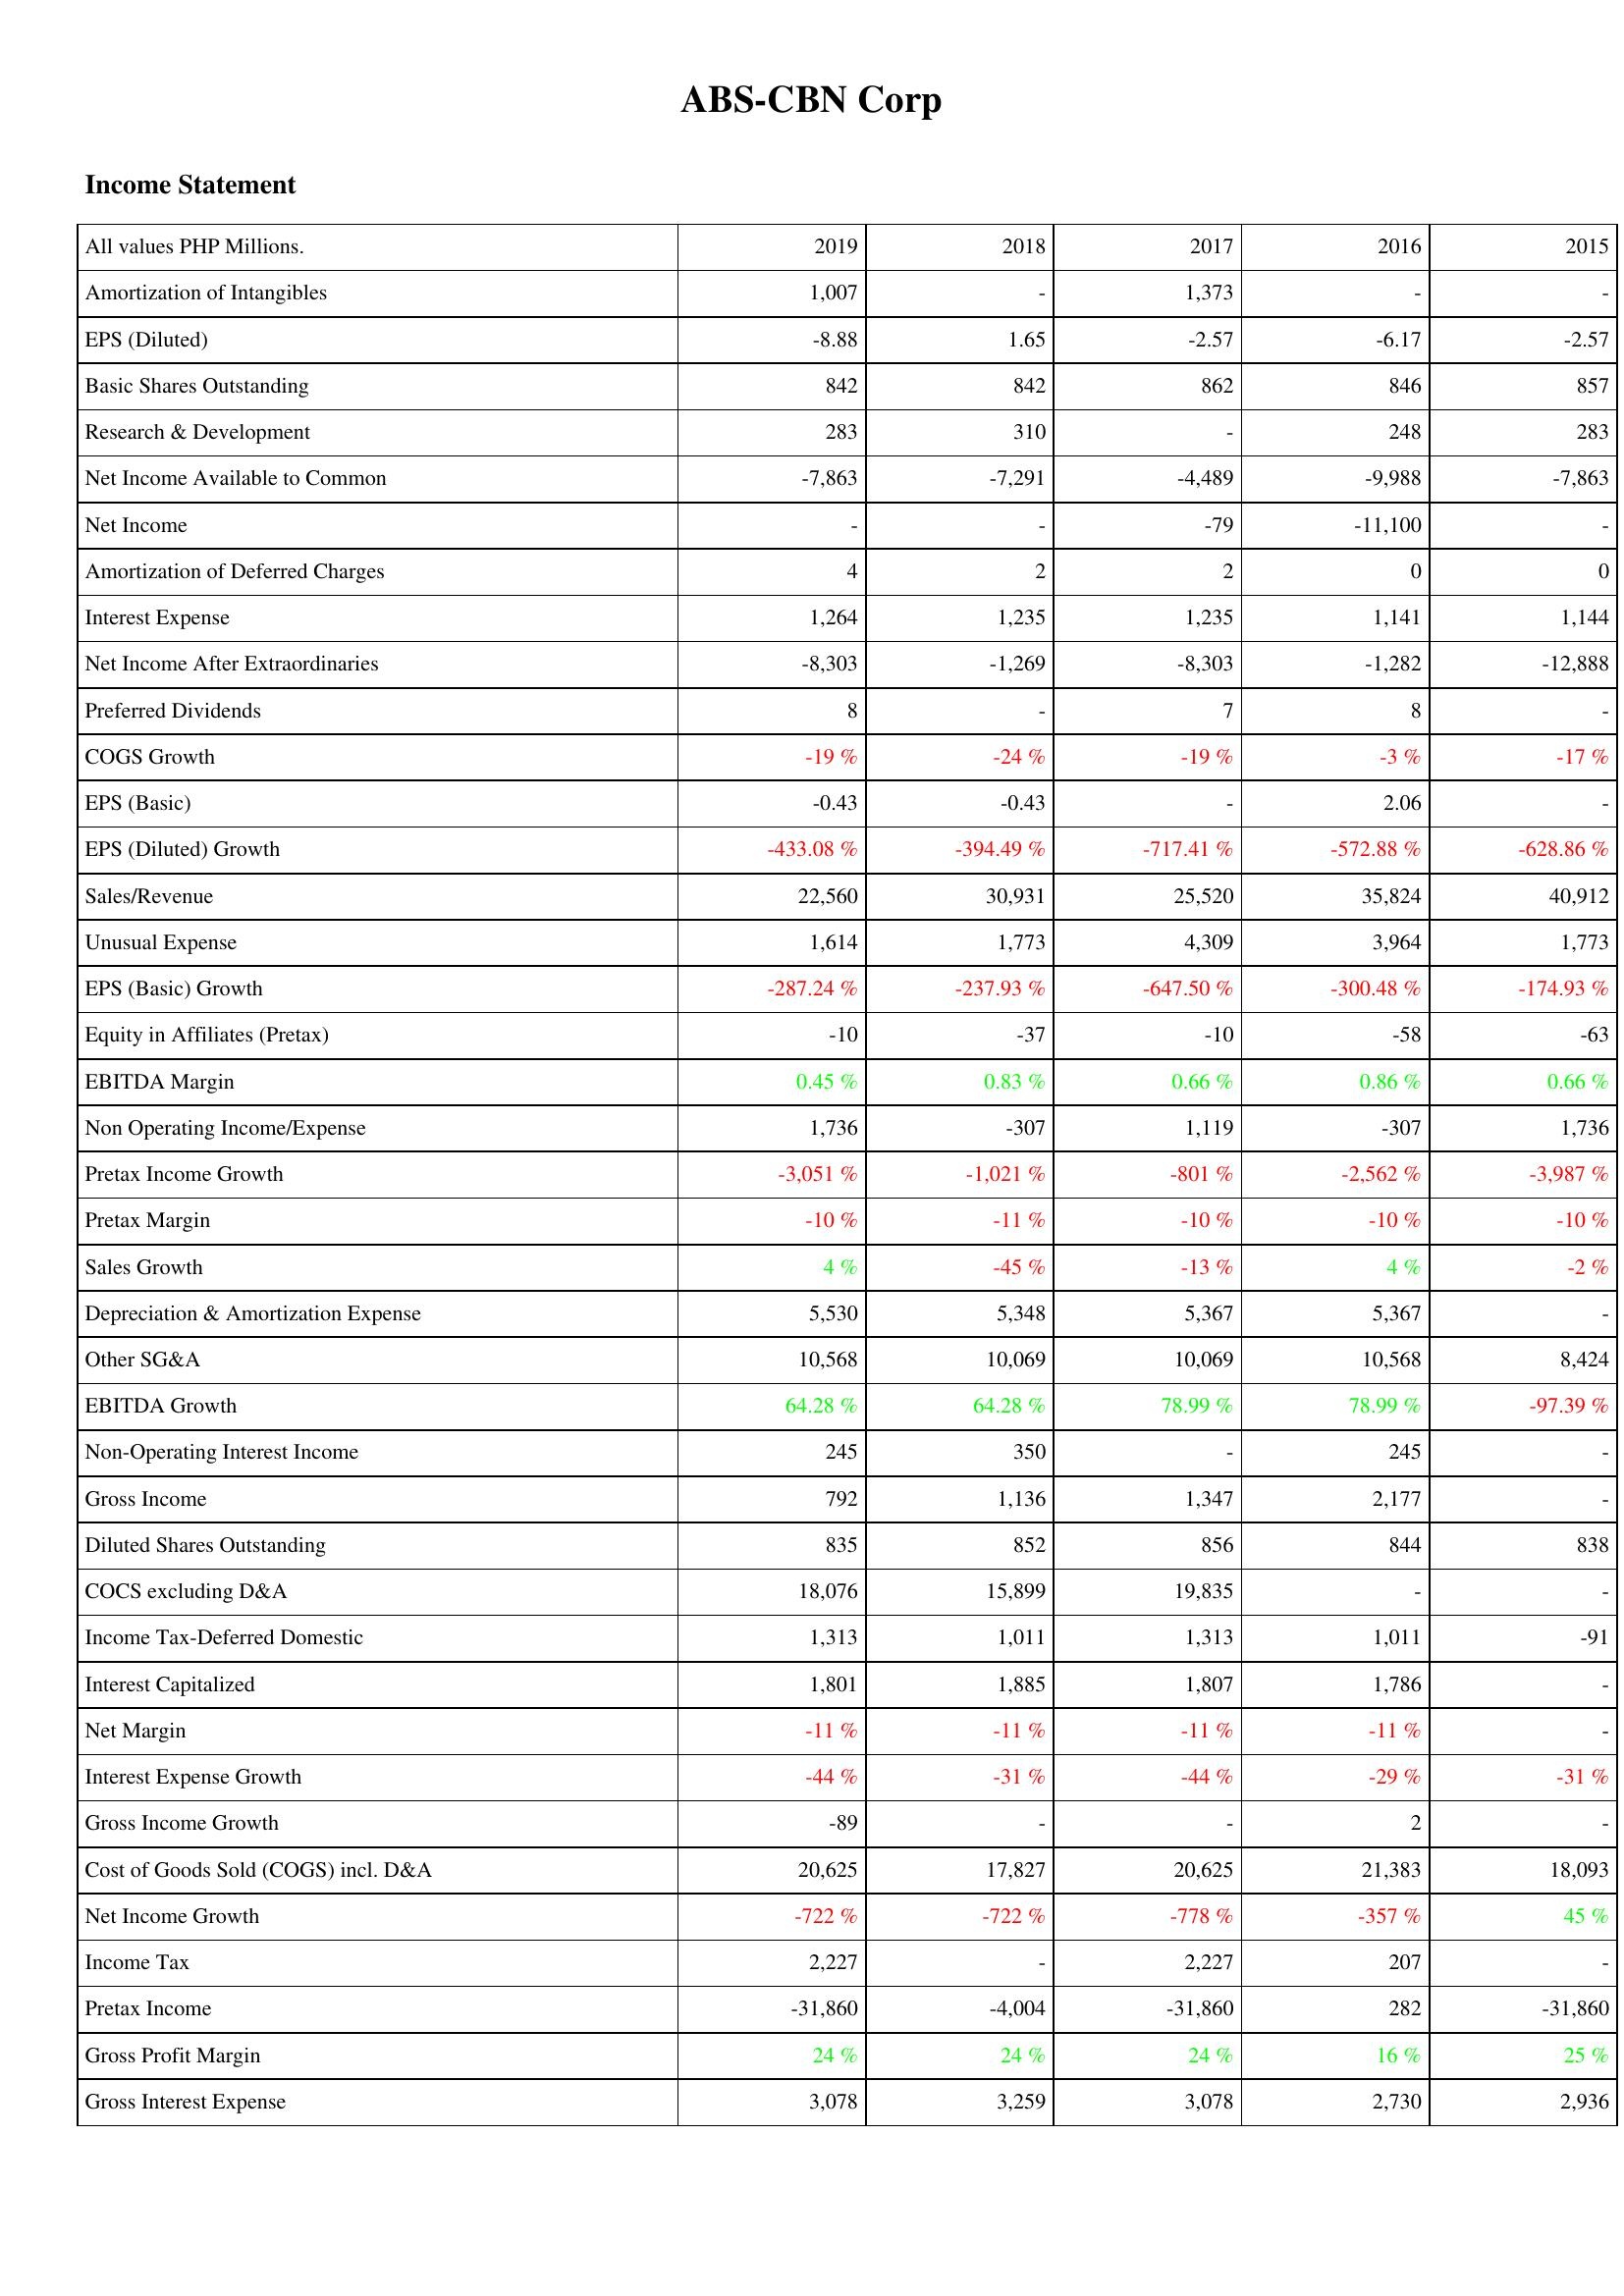
2019: Income Statement: Amortization of Intangibles: 1,007
EPS (Diluted): -8.88
Basic Shares Outstanding: 842
Research & Development: 283
Net Income Available to Common: -7,863
Net Income: -
Amortization of Deferred Charges: 4
Interest Expense: 1,264
Net Income After Extraordinaries: -8,303
Preferred Dividends: 8
COGS Growth: -19 %
EPS (Basic): -0.43
EPS (Diluted) Growth: -433.08 %
Sales/Revenue: 22,560
Unusual Expense: 1,614
EPS (Basic) Growth: -287.24 %
Equity in Affiliates (Pretax): -10
EBITDA Margin: 0.45 %
Non Operating Income/Expense: 1,736
Pretax Income Growth: -3,051 %
Pretax Margin: -10 %
Sales Growth: 4 %
Depreciation & Amortization Expense: 5,530
Other SG&A: 10,568
EBITDA Growth: 64.28 %
Non-Operating Interest Income: 245
Gross Income: 792
Diluted Shares Outstanding: 835
COCS excluding D&A: 18,076
Income Tax-Deferred Domestic: 1,313
Interest Capitalized: 1,801
Net Margin: -11 %
Interest Expense Growth: -44 %
Gross Income Growth: -89
Cost of Goods Sold (COGS) incl. D&A: 20,625
Net Income Growth: -722 %
Income Tax: 2,227
Pretax Income: -31,860
Gross Profit Margin: 24 %
Gross Interest Expense: 3,078
2018: Income Statement: Amortization of Intangibles: -
EPS (Diluted): 1.65
Basic Shares Outstanding: 842
Research & Development: 310
Net Income Available to Common: -7,291
Net Income: -
Amortization of Deferred Charges: 2
Interest Expense: 1,235
Net Income After Extraordinaries: -1,269
Preferred Dividends: -
COGS Growth: -24 %
EPS (Basic): -0.43
EPS (Diluted) Growth: -394.49 %
Sales/Revenue: 30,931
Unusual Expense: 1,773
EPS (Basic) Growth: -237.93 %
Equity in Affiliates (Pretax): -37
EBITDA Margin: 0.83 %
Non Operating Income/Expense: -307
Pretax Income Growth: -1,021 %
Pretax Margin: -11 %
Sales Growth: -45 %
Depreciation & Amortization Expense: 5,348
Other SG&A: 10,069
EBITDA Growth: 64.28 %
Non-Operating Interest Income: 350
Gross Income: 1,136
Diluted Shares Outstanding: 852
COCS excluding D&A: 15,899
Income Tax-Deferred Domestic: 1,011
Interest Capitalized: 1,885
Net Margin: -11 %
Interest Expense Growth: -31 %
Gross Income Growth: -
Cost of Goods Sold (COGS) incl. D&A: 17,827
Net Income Growth: -722 %
Income Tax: -
Pretax Income: -4,004
Gross Profit Margin: 24 %
Gross Interest Expense: 3,259
2017: Income Statement: Amortization of Intangibles: 1,373
EPS (Diluted): -2.57
Basic Shares Outstanding: 862
Research & Development: -
Net Income Available to Common: -4,489
Net Income: -79
Amortization of Deferred Charges: 2
Interest Expense: 1,235
Net Income After Extraordinaries: -8,303
Preferred Dividends: 7
COGS Growth: -19 %
EPS (Basic): -
EPS (Diluted) Growth: -717.41 %
Sales/Revenue: 25,520
Unusual Expense: 4,309
EPS (Basic) Growth: -647.50 %
Equity in Affiliates (Pretax): -10
EBITDA Margin: 0.66 %
Non Operating Income/Expense: 1,119
Pretax Income Growth: -801 %
Pretax Margin: -10 %
Sales Growth: -13 %
Depreciation & Amortization Expense: 5,367
Other SG&A: 10,069
EBITDA Growth: 78.99 %
Non-Operating Interest Income: -
Gross Income: 1,347
Diluted Shares Outstanding: 856
COCS excluding D&A: 19,835
Income Tax-Deferred Domestic: 1,313
Interest Capitalized: 1,807
Net Margin: -11 %
Interest Expense Growth: -44 %
Gross Income Growth: -
Cost of Goods Sold (COGS) incl. D&A: 20,625
Net Income Growth: -778 %
Income Tax: 2,227
Pretax Income: -31,860
Gross Profit Margin: 24 %
Gross Interest Expense: 3,078
2016: Income Statement: Amortization of Intangibles: -
EPS (Diluted): -6.17
Basic Shares Outstanding: 846
Research & Development: 248
Net Income Available to Common: -9,988
Net Income: -11,100
Amortization of Deferred Charges: 0
Interest Expense: 1,141
Net Income After Extraordinaries: -1,282
Preferred Dividends: 8
COGS Growth: -3 %
EPS (Basic): 2.06
EPS (Diluted) Growth: -572.88 %
Sales/Revenue: 35,824
Unusual Expense: 3,964
EPS (Basic) Growth: -300.48 %
Equity in Affiliates (Pretax): -58
EBITDA Margin: 0.86 %
Non Operating Income/Expense: -307
Pretax Income Growth: -2,562 %
Pretax Margin: -10 %
Sales Growth: 4 %
Depreciation & Amortization Expense: 5,367
Other SG&A: 10,568
EBITDA Growth: 78.99 %
Non-Operating Interest Income: 245
Gross Income: 2,177
Diluted Shares Outstanding: 844
COCS excluding D&A: -
Income Tax-Deferred Domestic: 1,011
Interest Capitalized: 1,786
Net Margin: -11 %
Interest Expense Growth: -29 %
Gross Income Growth: 2
Cost of Goods Sold (COGS) incl. D&A: 21,383
Net Income Growth: -357 %
Income Tax: 207
Pretax Income: 282
Gross Profit Margin: 16 %
Gross Interest Expense: 2,730
2015: Income Statement: Amortization of Intangibles: -
EPS (Diluted): -2.57
Basic Shares Outstanding: 857
Research & Development: 283
Net Income Available to Common: -7,863
Net Income: -
Amortization of Deferred Charges: 0
Interest Expense: 1,144
Net Income After Extraordinaries: -12,888
Preferred Dividends: -
COGS Growth: -17 %
EPS (Basic): -
EPS (Diluted) Growth: -628.86 %
Sales/Revenue: 40,912
Unusual Expense: 1,773
EPS (Basic) Growth: -174.93 %
Equity in Affiliates (Pretax): -63
EBITDA Margin: 0.66 %
Non Operating Income/Expense: 1,736
Pretax Income Growth: -3,987 %
Pretax Margin: -10 %
Sales Growth: -2 %
Depreciation & Amortization Expense: -
Other SG&A: 8,424
EBITDA Growth: -97.39 %
Non-Operating Interest Income: -
Gross Income: -
Diluted Shares Outstanding: 838
COCS excluding D&A: -
Income Tax-Deferred Domestic: -91
Interest Capitalized: -
Net Margin: -
Interest Expense Growth: -31 %
Gross Income Growth: -
Cost of Goods Sold (COGS) incl. D&A: 18,093
Net Income Growth: 45 %
Income Tax: -
Pretax Income: -31,860
Gross Profit Margin: 25 %
Gross Interest Expense: 2,936